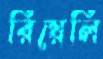
রিয়েলি